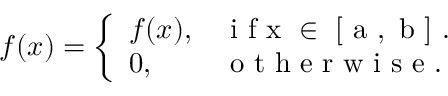
f ( x ) = \left\{ \begin{array} { l l } { f ( x ) , } & { \mathrm { ~ i ~ f ~ x ~ \in ~ [ ~ a ~ , ~ b ~ ] ~ } . } \\ { 0 , } & { \mathrm { ~ o ~ t ~ h ~ e ~ r ~ w ~ i ~ s ~ e ~ } . } \end{array} \right.